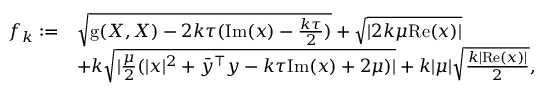
\begin{array} { r l } { f _ { k } : = } & { \sqrt { \mathrm { g } ( X , X ) - 2 k \tau ( \mathrm { I m } ( x ) - \frac { k \tau } { 2 } ) } + \sqrt { | 2 k \mu \mathrm { R e } ( x ) | } } \\ & { + k \sqrt { | \frac { \mu } { 2 } ( | x | ^ { 2 } + \bar { y } ^ { \top } y - k \tau \mathrm { I m } ( x ) + 2 \mu ) | } + k | \mu | \sqrt { \frac { k | \mathrm { R e } ( x ) | } { 2 } } , } \end{array}